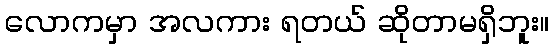
လောကမှာ အလကား ရတယ် ဆိုတာမရှိဘူး။